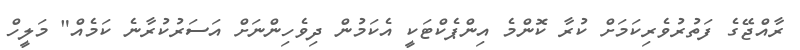
ރާއްޖޭގެ ފަތުރުވެރިކަމަށް ކުރާ ކޮންމެ އިންޕެކްޓަކީ އެކަމުން ދިވެހިންނަށް އަސަރުކުރާނެ ކަމެއް" މަލީހް